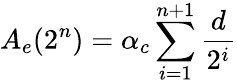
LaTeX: A_{e}(2^{n})=\alpha_{c}\sum_{i=1}^{n+1}\frac{d}{2^{i}}